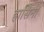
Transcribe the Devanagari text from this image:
हासिनी